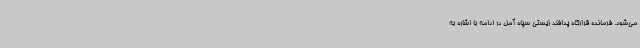
می‌شود. فرمانده قرارگاه پدافند زیستی سپاه آمل در ادامه با اشاره به